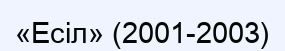
«Есіл» (2001-2003)